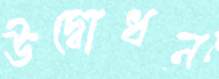
উদ্বোধন